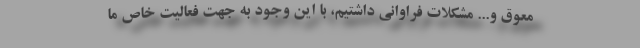
معوق و... مشکلات فراوانی داشتیم، با این وجود به جهت فعالیت خاص ما